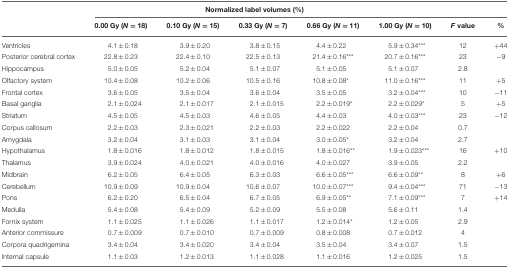
<table><thead><tr><td></td><td colspan="7"><b>Normalized label volumes (%)</b></td></tr><tr><td></td><td><b>0.00 Gy (<i>N</i> = 18)</b></td><td><b>0.10 Gy (<i>N</i> = 15)</b></td><td><b>0.33 Gy (<i>N</i> = 7)</b></td><td><b>0.66 Gy (<i>N</i> = 11)</b></td><td><b>1.00 Gy (<i>N</i> = 10)</b></td><td><b><i>F</i> value</b></td><td><b>%</b></td></tr></thead><tbody><tr><td>Ventricles</td><td>4.1 ± 0.18</td><td>3.9 ± 0.20</td><td>3.8 ± 0.15</td><td>4.4 ± 0.22</td><td>5.9 ± 0.34<sup>***</sup></td><td>12</td><td>+44</td></tr><tr><td>Posterior cerebral cortex</td><td>22.8 ± 0.23</td><td>22.4 ± 0.10</td><td>22.5 ± 0.13</td><td>21.4 ± 0.16<sup>***</sup></td><td>20.7 ± 0.16<sup>***</sup></td><td>23</td><td>−9</td></tr><tr><td>Hippocampus</td><td>5.0 ± 0.05</td><td>5.2 ± 0.04</td><td>5.1 ± 0.07</td><td>5.1 ± 0.05</td><td>5.1 ± 0.07</td><td>2.8</td><td></td></tr><tr><td>Olfactory system</td><td>10.4 ± 0.08</td><td>10.2 ± 0.06</td><td>10.5 ± 0.16</td><td>10.8 ± 0.08<sup>*</sup></td><td>11.0 ± 0.16<sup>***</sup></td><td>11</td><td>+5</td></tr><tr><td>Frontal cortex</td><td>3.6 ± 0.05</td><td>3.5 ± 0.04</td><td>3.6 ± 0.04</td><td>3.5 ± 0.05</td><td>3.2 ± 0.04<sup>***</sup></td><td>10</td><td>−11</td></tr><tr><td>Basal ganglia</td><td>2.1 ± 0.024</td><td>2.1 ± 0.017</td><td>2.1 ± 0.015</td><td>2.2 ± 0.019<sup>*</sup></td><td>2.2 ± 0.029<sup>*</sup></td><td>5</td><td>+5</td></tr><tr><td>Striatum</td><td>4.5 ± 0.05</td><td>4.5 ± 0.03</td><td>4.6 ± 0.05</td><td>4.4 ± 0.03</td><td>4.0 ± 0.03<sup>***</sup></td><td>23</td><td>−12</td></tr><tr><td>Corpus callosum</td><td>2.2 ± 0.03</td><td>2.3 ± 0.021</td><td>2.2 ± 0.03</td><td>2.2 ± 0.022</td><td>2.2 ± 0.04</td><td>0.7</td><td></td></tr><tr><td>Amygdala</td><td>3.2 ± 0.04</td><td>3.1 ± 0.03</td><td>3.1 ± 0.04</td><td>3.0 ± 0.05<sup>*</sup></td><td>3.2 ± 0.04</td><td>2.7</td><td></td></tr><tr><td>Hypothalamus</td><td>1.8 ± 0.016</td><td>1.8 ± 0.012</td><td>1.8 ± 0.015</td><td>1.8 ± 0.016<sup>**</sup></td><td>1.9 ± 0.023<sup>***</sup></td><td>16</td><td>+10</td></tr><tr><td>Thalamus</td><td>3.9 ± 0.024</td><td>4.0 ± 0.021</td><td>4.0 ± 0.016</td><td>4.0 ± 0.027</td><td>3.9 ± 0.05</td><td>2.2</td><td></td></tr><tr><td>Midbrain</td><td>6.2 ± 0.05</td><td>6.4 ± 0.05</td><td>6.3 ± 0.03</td><td>6.6 ± 0.05<sup>***</sup></td><td>6.6 ± 0.09<sup>**</sup></td><td>8</td><td>+6</td></tr><tr><td>Cerebellum</td><td>10.9 ± 0.09</td><td>10.9 ± 0.04</td><td>10.6 ± 0.07</td><td>10.0 ± 0.07<sup>***</sup></td><td>9.4 ± 0.04<sup>***</sup></td><td>71</td><td>−13</td></tr><tr><td>Pons</td><td>6.2 ± 0.20</td><td>6.5 ± 0.04</td><td>6.7 ± 0.05</td><td>6.9 ± 0.05<sup>**</sup></td><td>7.1 ± 0.09<sup>***</sup></td><td>7</td><td>+14</td></tr><tr><td>Medulla</td><td>5.4 ± 0.08</td><td>5.4 ± 0.09</td><td>5.2 ± 0.09</td><td>5.5 ± 0.08</td><td>5.6 ± 0.11</td><td>1.4</td><td></td></tr><tr><td>Fornix system</td><td>1.1 ± 0.025</td><td>1.1 ± 0.026</td><td>1.1 ± 0.017</td><td>1.2 ± 0.014<sup>*</sup></td><td>1.2 ± 0.05</td><td>2.9</td><td></td></tr><tr><td>Anterior commissure</td><td>0.7 ± 0.009</td><td>0.7 ± 0.010</td><td>0.7 ± 0.009</td><td>0.8 ± 0.008</td><td>0.7 ± 0.012</td><td>4</td><td></td></tr><tr><td>Corpora quadrigemina</td><td>3.4 ± 0.04</td><td>3.4 ± 0.020</td><td>3.4 ± 0.04</td><td>3.5 ± 0.04</td><td>3.4 ± 0.07</td><td>1.5</td><td></td></tr><tr><td>Internal capsule</td><td>1.1 ± 0.03</td><td>1.2 ± 0.013</td><td>1.1 ± 0.028</td><td>1.1 ± 0.016</td><td>1.2 ± 0.025</td><td>1.5</td><td></td></tr></tbody></table>